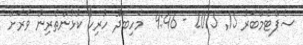
ސެޕްޓެމްބަރު 15